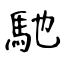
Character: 馳